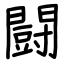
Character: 闘